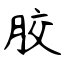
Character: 胶